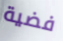
فضية